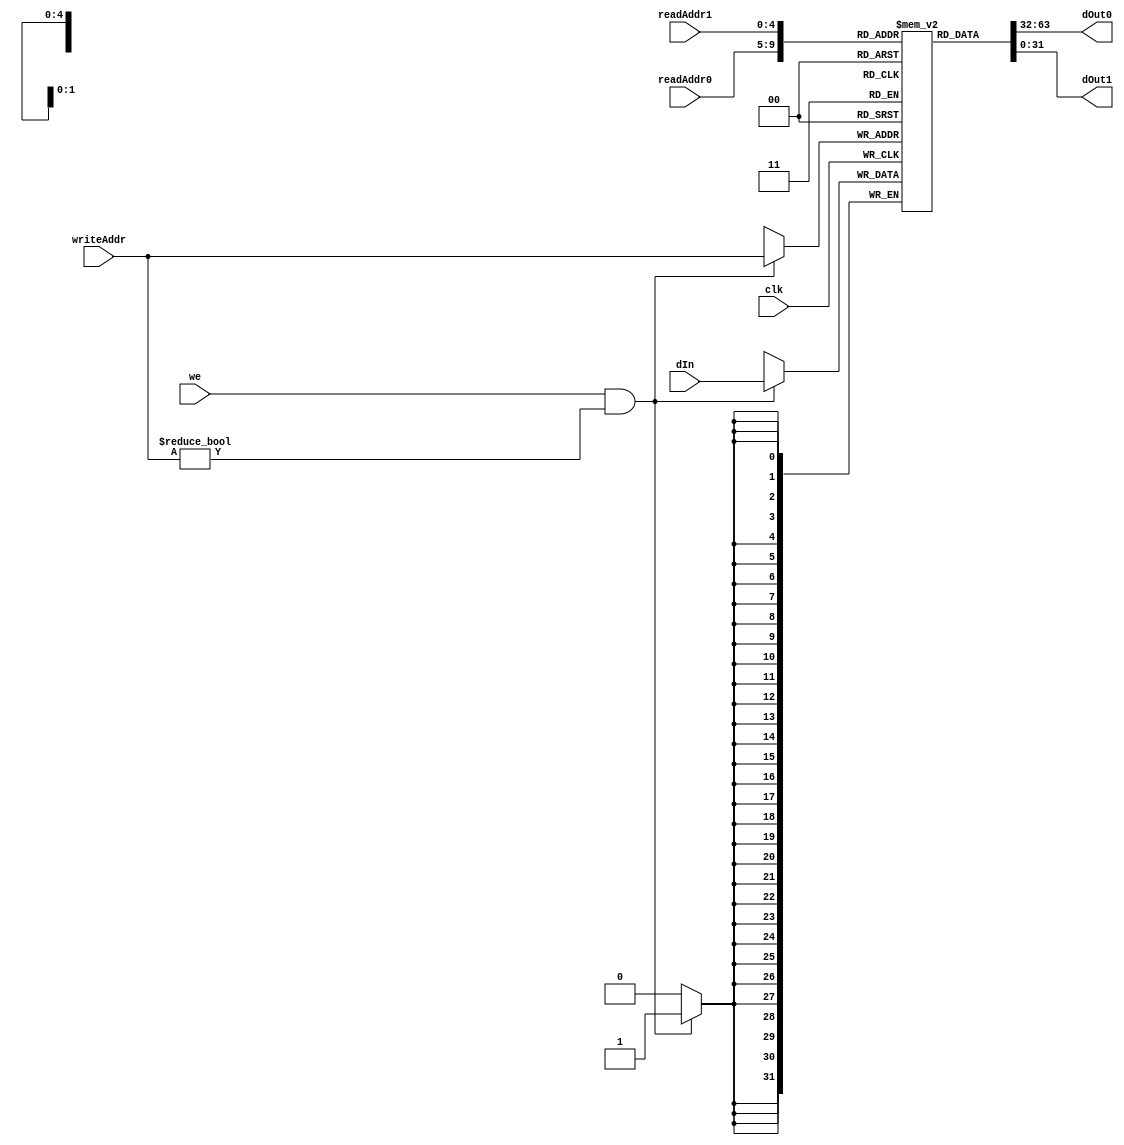
/*
 Module regfile
 
 Inputs: dIn, readAddr0, readAddr1, writeAddr, we
 Outputs: dOut0, dOut1

 Function:
 dOut0 = mem[readAddr0]
 dOut1 = mem[readAddr1]
 if we then mem[addr] = din.
 mem[0] = 0

 Comments: This is made to the MIPS spec, so the width is a byte and
 aword is 4 bytes i.e data in and data out are 32 bits, which span 4
 bytes.
 */

module regfile
  #(
    parameter
    width = 32,
    addrWidth = 5,
    depth = 2**addrWidth
    )
   (
    output [width-1:0]    dOut0,
                          dOut1,
    input [width-1:0]     dIn,
    input [addrWidth-1:0] readAddr0,
                          readAddr1,
                          writeAddr,
    input                 we,
    clk
    );

   reg [width-1:0]        registers [depth-1:0];
   initial registers[0] = 0;

   always @(posedge clk) begin
      if (we && writeAddr != 0) begin
         registers[writeAddr] <= dIn;
      end
   end

   assign dOut0 = registers[readAddr0];
   assign dOut1 = registers[readAddr1];
endmodule